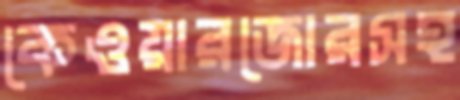
কেওয়ারজোরসহ